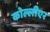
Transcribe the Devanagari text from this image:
कोल्लीएर